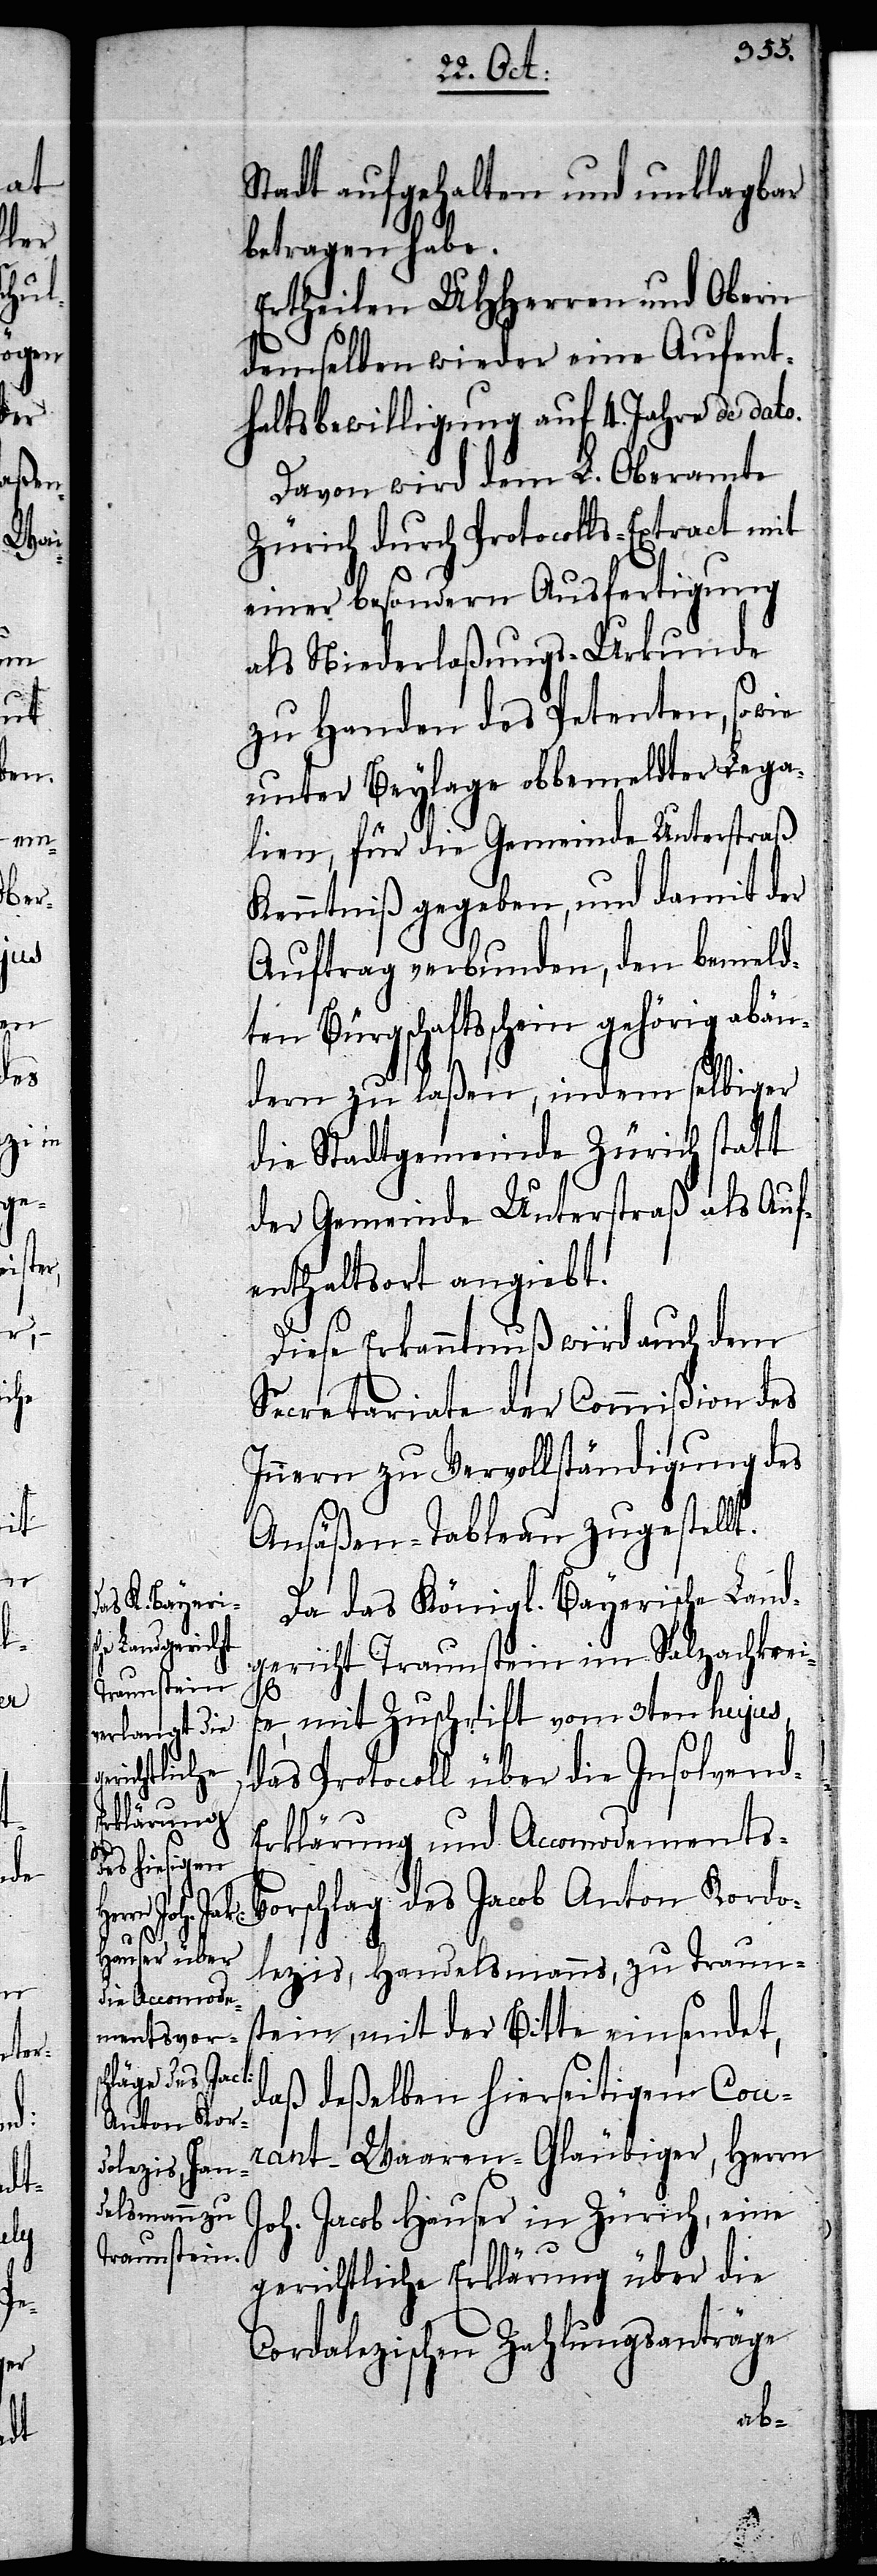
Stadt aufgehalten und unklagbar
betragen habe.
Ertheilen UHHerren und Obern
demselben wieder eine Aufent¬
haltsbewilligung auf 4. Jahre de dato.
Davon wird dem L. Oberamte
Zürich durch Protocolls-Extract mit
einer besondern Ausfertigung
als Niederlaßungs-Urkunde
zu Handen des Petenten, so wie
unter Beylage obbemeldter Lega¬
lien, für die Gemeinde Unterstraß
Kenntniß gegeben, und damit der
Auftrag verbunden, den bemeld¬
ten Bürgschaftsschein gehörig abän¬
dern zu laßen, indem selbiger
die Stadtgemeinde Zürich statt
der Gemeinde Unterstraß als Auf¬
enthaltsort angiebt.
Diese Erkanntnuß wird auch dem
Secretariate der Commißion des
Innern zu Vervollständigung des
Ansäßen-Tableau zugestellt.
Da das Königl. Bayerische Land¬
gericht Traunstein im Salzachkreis¬
e, mit Zuschrift vom 3ten hujus,
das Protocoll über die Insolvend-E¬
rklärung und Accomodements-V¬
orschlag des Jacob Anton Kordo¬
lezis, Handelsmanns, zu Traun¬
stein, mit der Bitte einsendet,
daß deßelben hierseitigem Cour¬
ant-Waaren-Gläubiger, Herrn
Joh. Jacob Hauser in Zürich, eine
gerichtliche Erklärung über die
Cordalezischen Zahlungsanträge